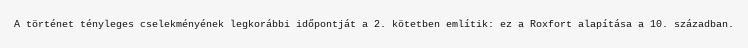
A történet tényleges cselekményének legkorábbi időpontját a 2. kötetben említik: ez a Roxfort alapítása a 10. században.